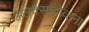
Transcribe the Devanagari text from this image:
अलेक्सांद्रोव्हना